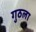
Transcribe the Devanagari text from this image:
गुठला